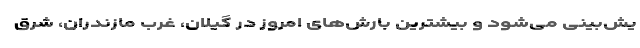
یش‌بینی می‌شود و بیشترین بارش‌های امروز در گیلان، غرب مازندران، شرق